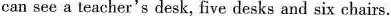
can see a teacher's desk,five desks and six chairs.